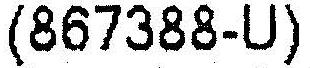
(867388-U)